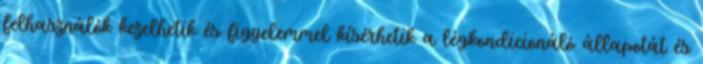
felhasználók kezelhetik és figyelemmel kísérhetik a légkondicionáló állapotát és